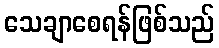
သေချာစေရန်ဖြစ်သည်